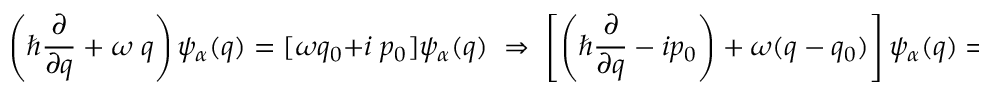
\left( \hbar \frac { \partial } { \partial q } + \omega \; q \right) \psi _ { \alpha } ( q ) = [ \omega q _ { 0 } + i \; p _ { 0 } ] \psi _ { \alpha } ( q ) \; \Rightarrow \; \left[ \left( \hbar \frac { \partial } { \partial q } - i p _ { 0 } \right) + \omega ( q - q _ { 0 } ) \right] \psi _ { \alpha } ( q ) = 0